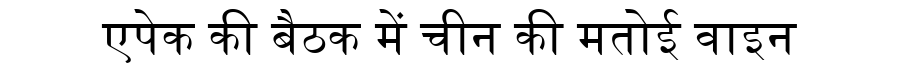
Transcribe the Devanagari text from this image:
एपेक की बैठक में चीन की मतोई वाइन